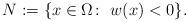
LaTeX: \begin{align*}N:=\{x\in \Omega \colon ~w(x)<0\}.\end{align*}